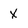
Character: x